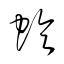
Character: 蛉